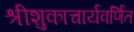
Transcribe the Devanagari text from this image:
श्रीशुकाचार्यवर्णित